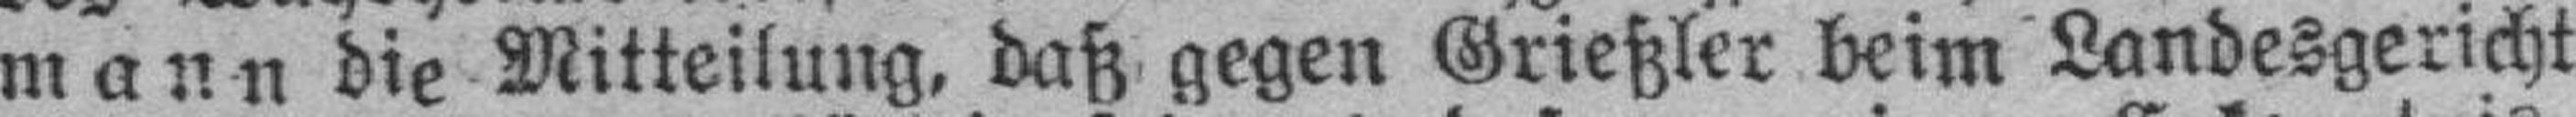
mann die Mitteilung, daß gegen Grießler beim Landesgericht